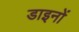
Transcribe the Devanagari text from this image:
डाइनों